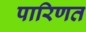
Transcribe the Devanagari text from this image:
पारिणत